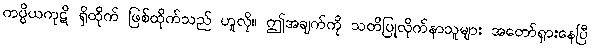
ကပ္ပိယကုဋိ ရှိထိုက် ဖြစ်ထိုက်သည် ဟူလို။ ဤအချက်ကို သတိပြုလိုက်နာသူများ အတော်ရှားနေပြီ